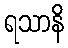
ရသာနိ